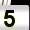
Digit: 5